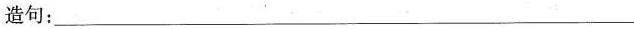
造句：___